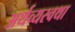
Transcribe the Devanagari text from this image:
अर्थव्यस्वथा